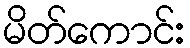
မိတ်ကောင်း